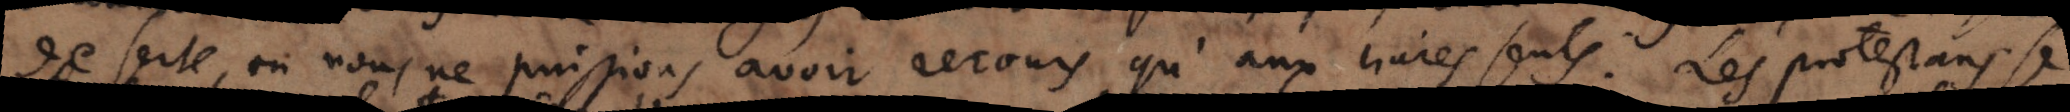
deserte où nous ne puissions avoir recours qu’aux livres seuls comme les protestans de